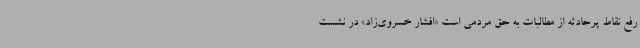
رفع نقاط پرحادثه از مطالبات به حق مردمی است «افشار خسروی‌زاد» در نشست